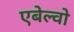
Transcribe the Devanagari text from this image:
एबेल्वो